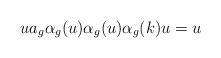
LaTeX: \begin{align*}u a_g \alpha_g(u) \alpha_g(u) \alpha_g(k) u = u\end{align*}